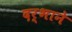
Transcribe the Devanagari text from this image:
दर्भाने